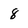
Character: 8